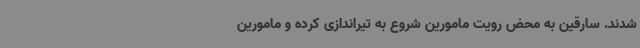
شدند. سارقین به محض رویت مامورین شروع به تیراندازی کرده و مامورین